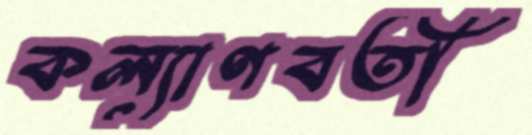
কল্যাণবতী